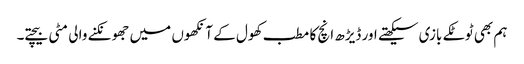
ہم بھی ٹوٹکے بازی سیکھتے اور ڈیڑھ انچ کا مطب کھول کے آنکھوں میں جھونکنے والی مٹی بیچتے۔